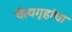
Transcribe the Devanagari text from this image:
चैत्यगृहांचा